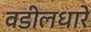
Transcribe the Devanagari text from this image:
वडीलधारे